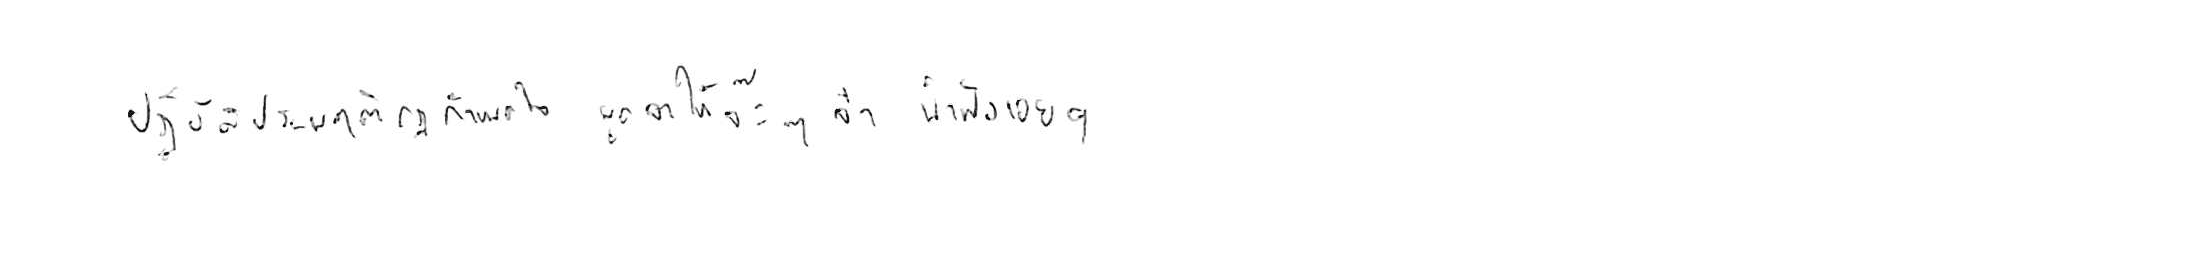
ปฏิบัติประพฤติกฎกำหนดใจ พูดจาให้จ๊ะๆ จ๋า น่าฟังเอยฯ